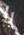
يا